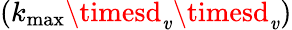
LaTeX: ({k_{\operatorname*{max}}\timesd_{\mathit{v}}\timesd_{\mathit{v}}})